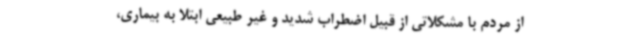
از مردم با مشکلاتی از قبیل اضطراب شدید و غیر طبیعی ابتلا به بیماری،